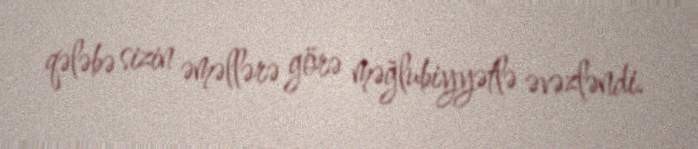
qələbə sizin əməllərə görə məğlubiyyətlə əvəzləndi.